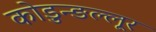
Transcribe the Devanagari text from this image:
कोडुन्ङल्लूर